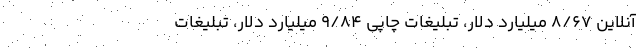
آنلاین ۸/۶۷ میلیارد دلار، تبلیغات چاپی ۹/۸۴ میلیارد دلار، تبلیغات